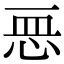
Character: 𢙂